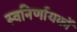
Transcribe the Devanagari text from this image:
स्वनिर्णायकों